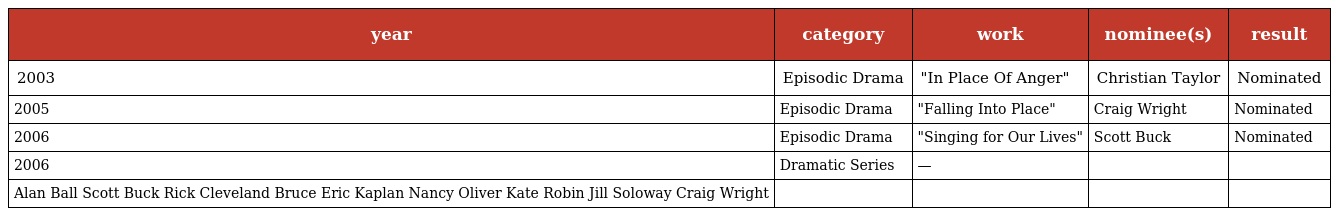
| year | category | work | nominee(s) | result |
 | --- | --- | --- | --- | --- |
 | 2003 | Episodic Drama | "In Place Of Anger" | Christian Taylor | Nominated |
 | 2005 | Episodic Drama | "Falling Into Place" | Craig Wright | Nominated |
 | 2006 | Episodic Drama | "Singing for Our Lives" | Scott Buck | Nominated |
 | 2006 | Dramatic Series | — |  |  |
 | Alan Ball Scott Buck Rick Cleveland Bruce Eric Kaplan Nancy Oliver Kate Robin Jill Soloway Craig Wright |  |  |  |  |